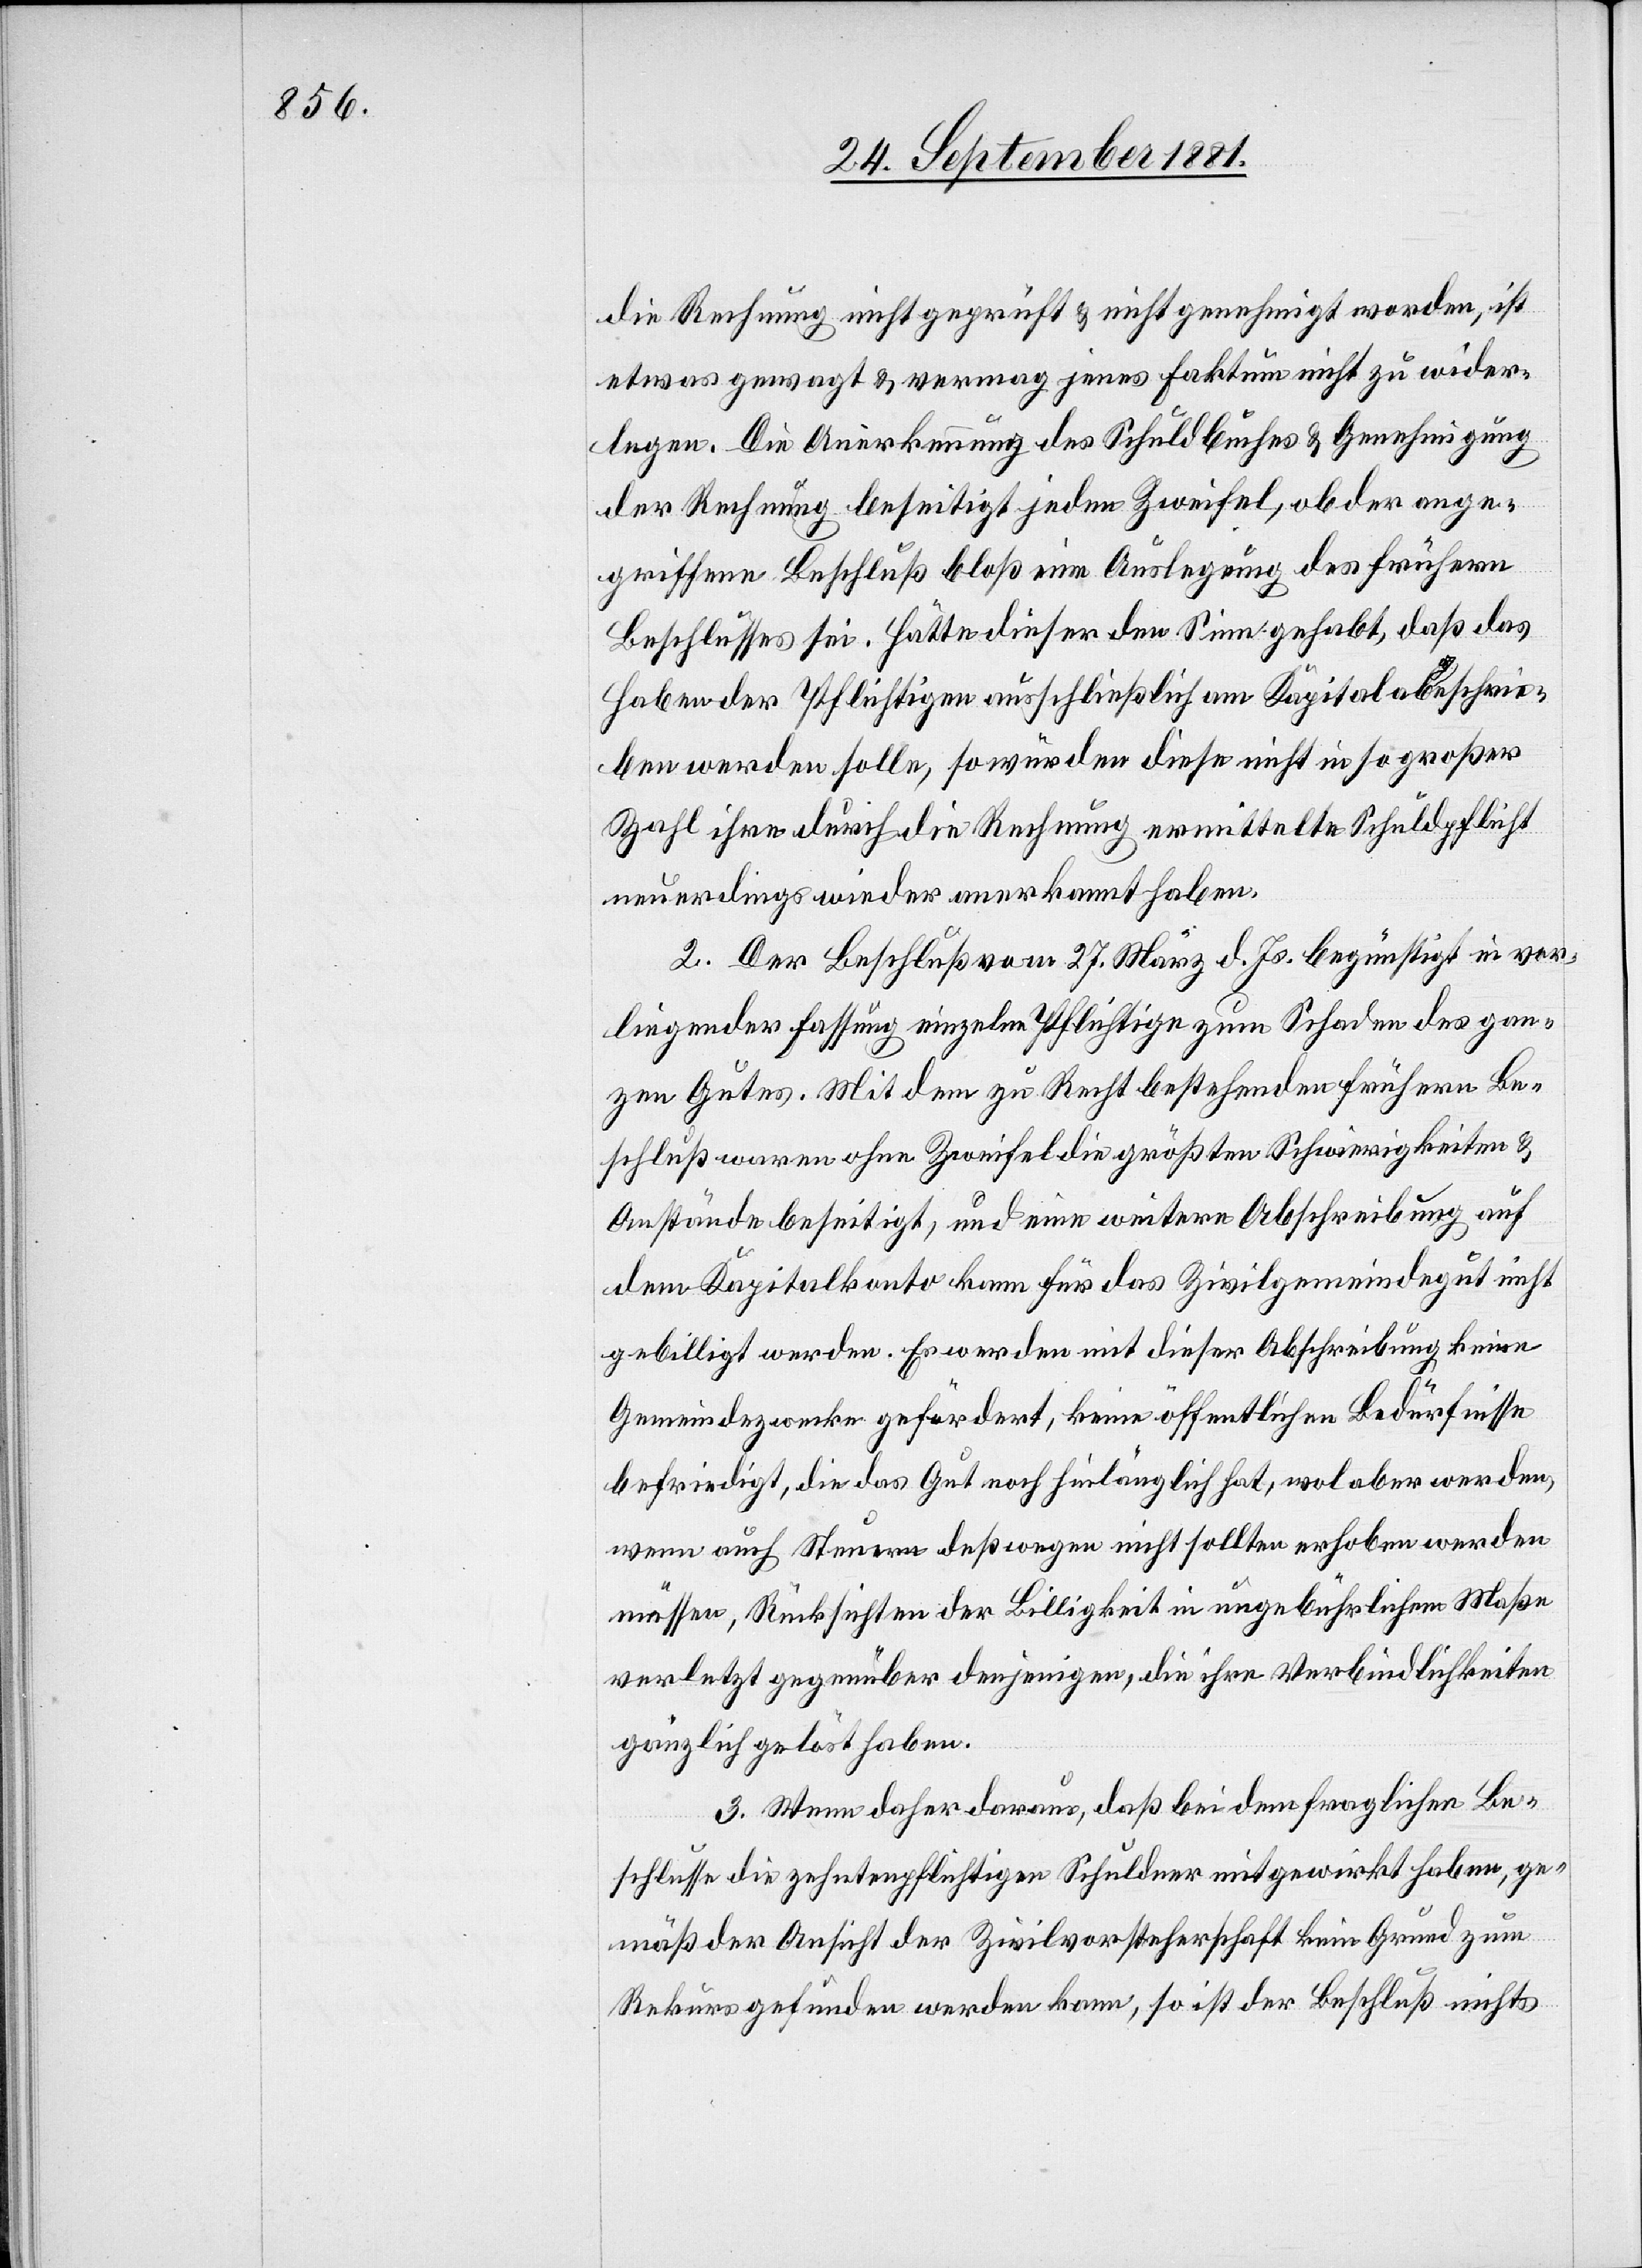
die Rechnung nicht geprüft & nicht genehmigt worden, ist
etwas gewagt & vermag jenes Faktum nicht zu wider¬
legen. Die Anerkennung des Schuldbuches & Genehmigung
der Rechnung beseitigt jeden Zweifel, ob der ange¬
griffene Beschluß bloß eine Auslegung des frühern
Beschlusses sei. Hätte dieser den Sinn gehabt, daß das
Haben der Pflichtigen ausschließlich am Kapital abgeschrie¬
ben werden solle, so würden diese nicht in so großer
Zahl ihre durch die Rechnung ermittelte Schuldpflicht
neuerdings wieder anerkannt haben.
2. Der Beschluß vom 27. März d. Js. begünstigt in vor¬
liegender Fassung einzelne Pflichtige zum Schaden des gan¬
zen Gutes. Mit dem zu Recht bestehenden frühern Be¬
schluß waren ohne Zweifel die größten Schwierigkeiten &
Anstände beseitigt, und eine weitere Abschreibung auf
dem Kapitalkonto kann für das Zivilgemeindegut nicht
gebilligt werden. Es werden mit dieser Abschreibung keine
Gemeindezwecke gefördert, keine öffentlichen Bedürfnisse
befriedigt, die das Gut noch hinlänglich hat, wol aber werden,
wenn auch Steuern deßwegen nicht sollten erhoben werden
müssen, Rücksichten der Billigkeit in ungebührlichem Maße
verletzt gegenüber denjenigen, die ihre Verbindlichkeiten
gänzlich gelöst haben.
3. Wenn daher daraus, daß bei dem fraglichen Be¬
schlusse die zehntenpflichtigen Schuldner mitgewirkt haben, ge¬
mäß der Ansicht der Zivilvorsteherschaft kein Grund zum
Rekurs gefunden werden kann, so ist der Beschluß nichts